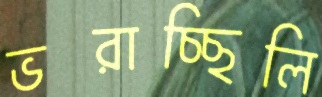
ভরাচ্ছিলি